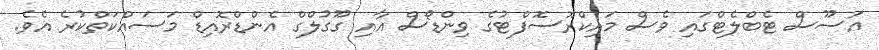
އަސޫސް ޓެބްލެޓްގައި ވެސް މައިކްރޮސޮފްޓުގެ ވިންޑޯސް އާއި ގޫގުލްގް އެންޑްރޮއިޑް މަސައްކަތްކުރެ އެވެ.